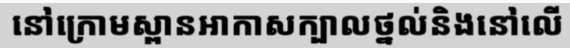
នៅក្រោមស្ពានអាកាសក្បាលថ្នល់និងនៅលើ